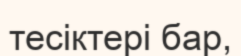
тесіктері бар,